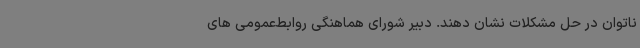
ناتوان در حل مشکلات نشان دهند. دبیر شورای هماهنگی روابط‌عمومی های